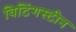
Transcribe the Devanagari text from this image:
विटिंगस्टीन